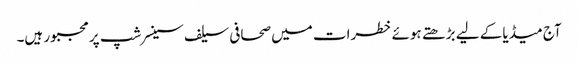
آج میڈیا کے لیے بڑھتے ہوئے خطرات میں صحافی سیلف سینسرشپ پر مجبور ہیں۔